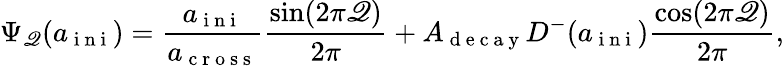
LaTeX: \Psi_{\mathscr{Q}}(a_{\mathrm{{~i~n~i~}}})=\frac{{a_{\mathrm{{~i~n~i~}}}}}{{a_{\mathrm{{~c~r~o~s~s~}}}}}\frac{{\sin(2\pi\mathscr{Q})}}{{2\pi}}+A_{\mathrm{{~d~e~c~a~y~}}}D^{-}(a_{\mathrm{{~i~n~i~}}})\frac{{\cos(2\pi\mathscr{Q})}}{{{2\pi}}},